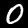
Digit: 0